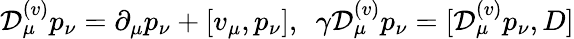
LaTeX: {\cal D}_{\mu}^{(v)}p_{\nu}=\partial_{\mu}p_{\nu}+[v_{\mu},p_{\nu}],\ \ \gamma{\cal D}_{\mu}^{(v)}p_{\nu}=[{\cal D}_{\mu}^{(v)}p_{\nu},D]